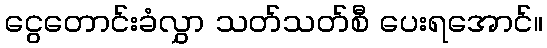
ငွေတောင်းခံလွှာ သတ်သတ်စီ ပေးရအောင်။